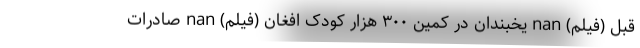
قبل (فیلم) nan یخبندان در کمین ۳۰۰ هزار کودک افغان (فیلم) nan صادرات